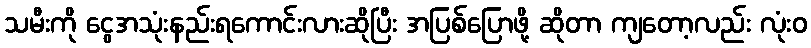
သမီးကို ငွေအသုံးနည်းရကောင်းလားဆိုပြီး အပြစ်ပြောဖို့ ဆိုတာ ကျတော့လည်း လုံးဝ